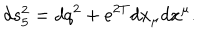
d s _ { 5 } ^ { 2 } = d q ^ { 2 } + e ^ { 2 T } d x _ { \mu } d x ^ { \mu } .